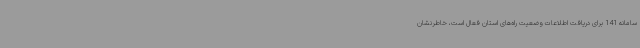
سامانه 141 برای دریافت اطلاعات وضعیت راه‌های استان فعال است، خاطرنشان